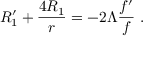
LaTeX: R _ { 1 } ^ { \prime } + \frac { 4 R _ { 1 } } { r } = - 2 \Lambda \frac { f ^ { \prime } } { f } \; .